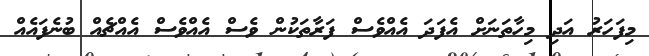
މިފަހަރު އަދި މިހާތަނަށް އެފަދަ އެއްވެސް ފަރާތަކުން ވެސް އެއްވެސް އެއްޗެއް ބުނެފައެއް